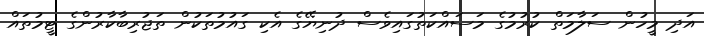
އަދި މީހުން ސަލާމަތް ކުރުމުގެ މަސައްކަތުގައިވެސް ދުނިޔޭގެ އެކި ގައުމުތަކުން ތަޖުރިބާކާރުންގެ ޓީމުތައް